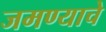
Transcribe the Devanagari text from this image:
जमण्याचे